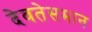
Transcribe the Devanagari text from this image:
देवतेसमान